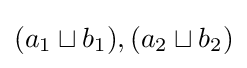
(a_{1}\sqcup b_{1}),(a_{2}\sqcup b_{2})